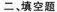
二、填空题